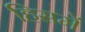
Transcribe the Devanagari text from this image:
हिसमें